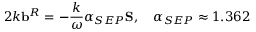
2 k \mathbf { b } ^ { R } = - \frac { k } { \omega } \alpha _ { S E P } \mathbf { S } , \quad \alpha _ { S E P } \approx 1 . 3 6 2